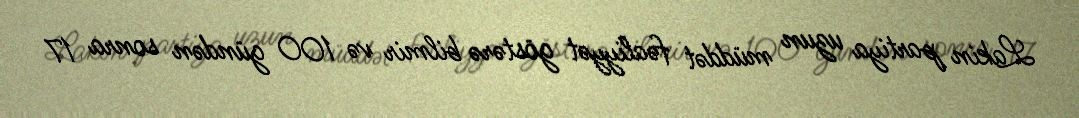
Lakin partiya uzun müddət fəaliyyət göstərə bilmir və 100 gündən sonra 17